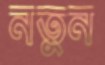
নতুন